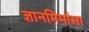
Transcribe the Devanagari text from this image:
ज्ञानमिमांसा